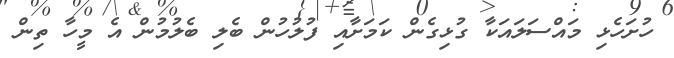
ހުށަހެޅި މައްސަލައަކާ ގުޅިގެން ކަމަށާއި ފުލުހުން ބެލި ބެލުމުން އެ މީހާ ތިން